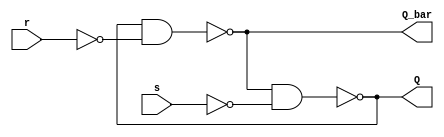
module  SR_NAND_LATCH(Q, Q_bar , s , r); 
    output Q , Q_bar; 
    input s ,r ;

    assign Q = ~(Q_bar & ~s) ; 
    assign Q_bar = ~(Q & ~r) ; 

endmodule